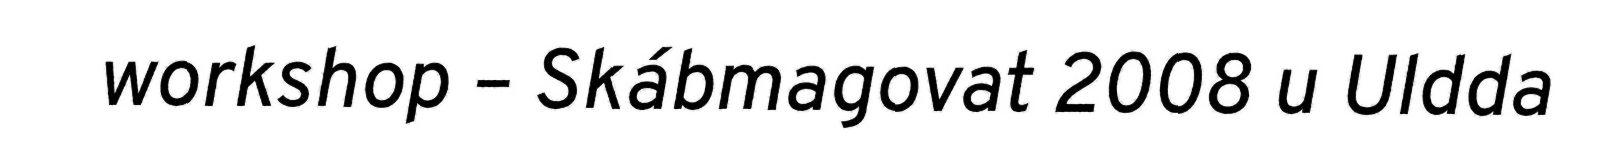
workshop – Skábmagovat 2008 u Uldda